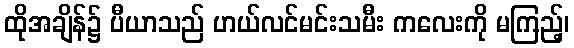
ထိုအချိန်၌ ပီယာသည် ဟယ်လင်မင်းသမီး ကလေးကို မကြည့်၊